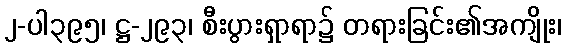
၂-ပါ၃၉၅၊ ဋ္ဌ-၂၉၃၊ စီးပွားရှာရာ၌ တရားခြင်း၏အကျိုး၊